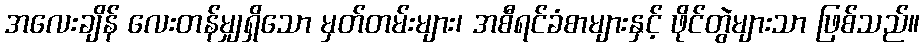
အလေးချိန် လေးတန်မျှရှိသော မှတ်တမ်းများ၊ အစီရင်ခံစာများနှင့် ဖိုင်တွဲများသာ ဖြစ်သည်။